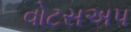
વોટસઅપ